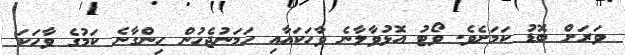
ވަރަށް ބޮޑު ކަމަށެވެ. ވޯޓު އޮޅުވާލާނެ ވާހަކައާއި ހަމަނުޖެހުން ހިންގާނެ ކަމުގެ ވާހަކަ